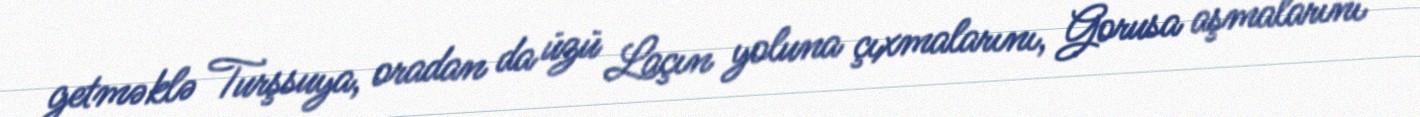
getməklə Turşsuya, oradan da üzü Laçın yoluna çıxmalarını, Gorusa aşmalarını